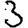
Digit: 3